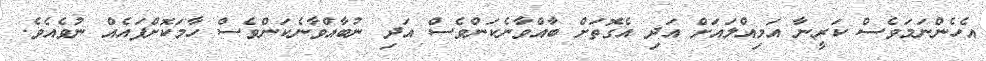
އެހެންނަމަވެސް ކަރީނާ އަމިއްލައަށް އަދި އެގޮތަށް ބާއްވާނެކަންވެސް އަދި ނުބާއްވާނެކަންވެސް ހާމަކޮށްފައެއް ނުވެއެވެ.